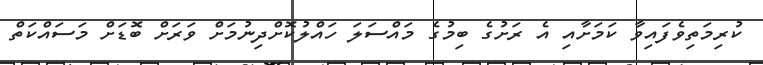
ކުރިމަތިވެފައިވާ ކަމަށާއި އެ ރަށުގެ ބިމުގެ މައްސަލަ ހައްލުކޮށްދިނުމަށް ވަރަށް ބޮޑަށް މަސައްކަތް